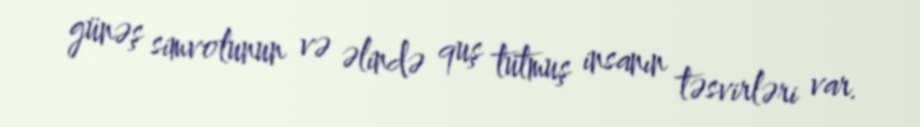
günəş simvolunun və əlində quş tutmuş insanın təsvirləri var.